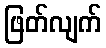
ဖြတ်လျက်